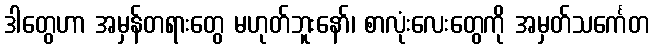
ဒါတွေဟာ အမှန်တရားတွေ မဟုတ်ဘူးနော်၊ စာလုံးလေးတွေကို အမှတ်သင်္ကေတ